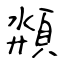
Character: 頮